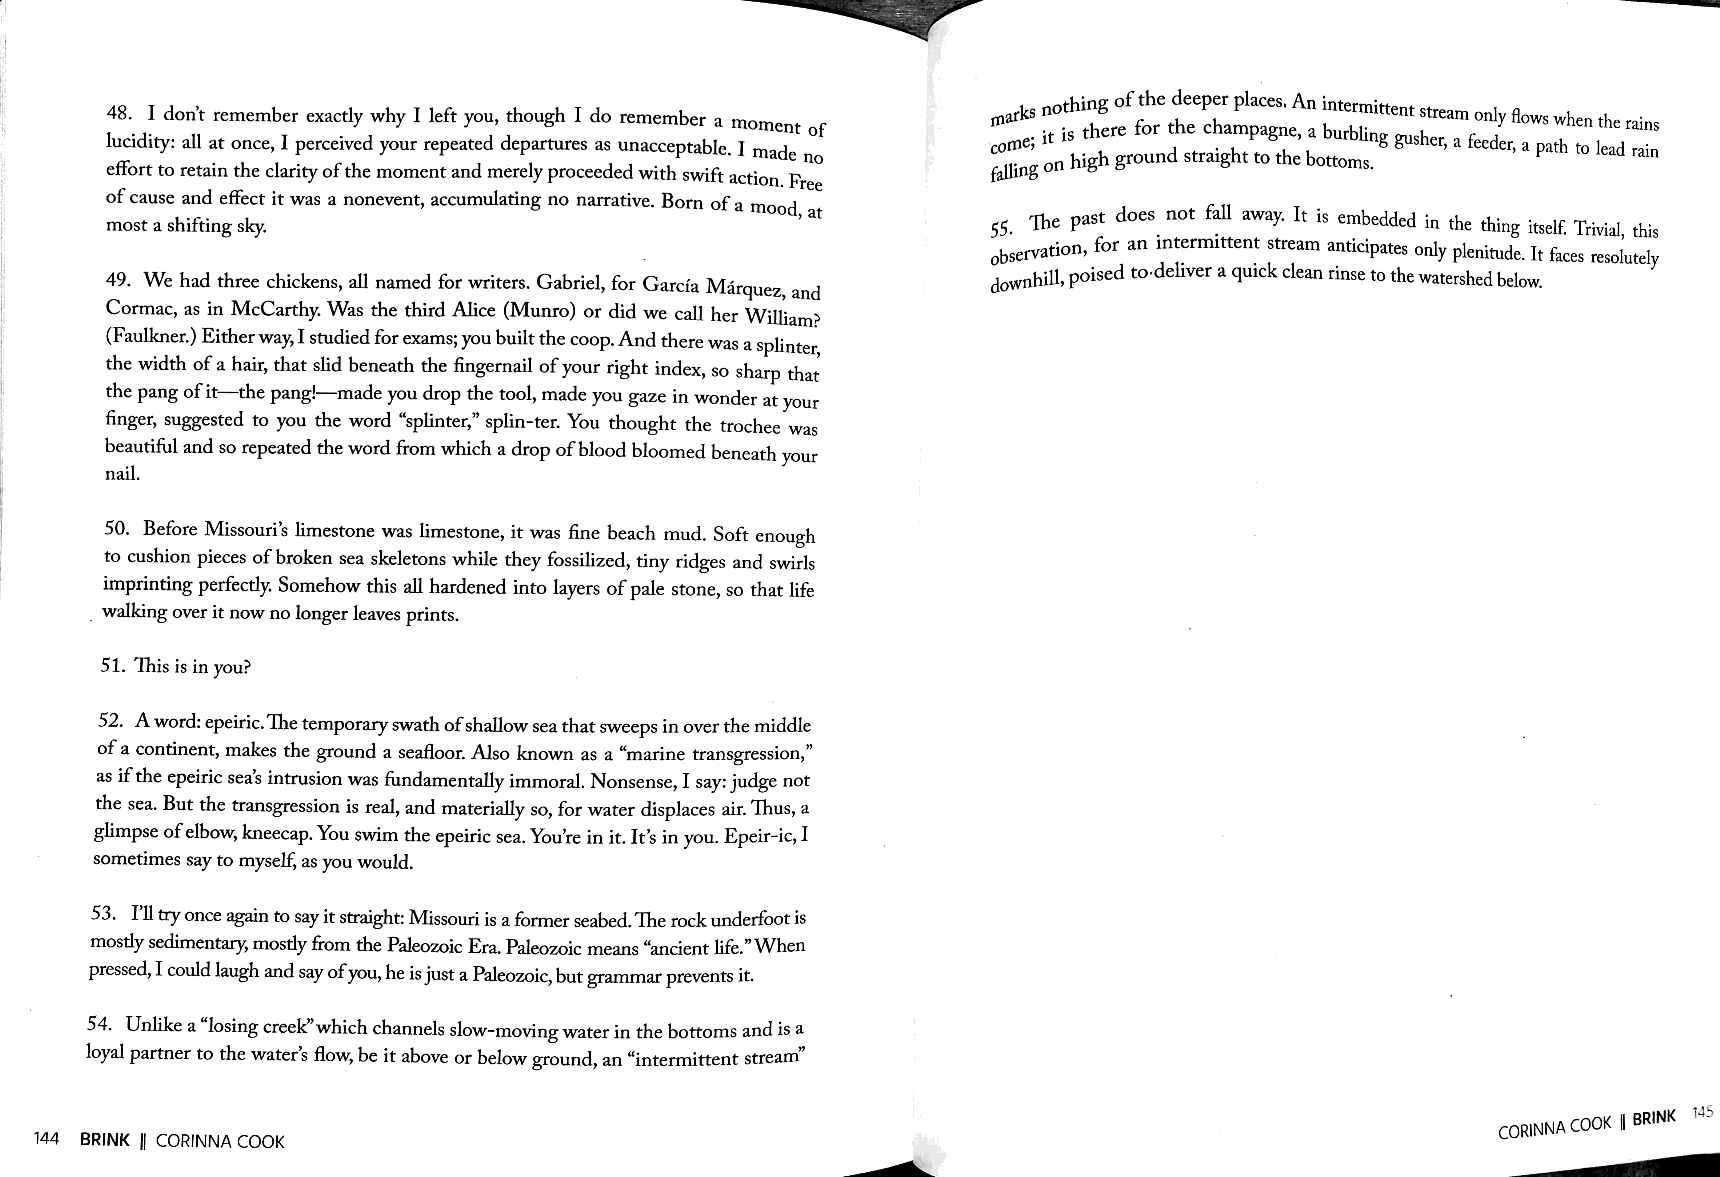
thing of the deeper places, An intermittent str °n l fl
 48. I don't remember exactly why I left you, though I do remember a moment of rnarks no earn Y ows when the rains
 me; it is there for the c~ampagne, a burbling gusher, a feeder, a path to lead rain
 lucidity: all at once, I perceived your repeated departures as unacceptable. I made no
 co . high ground straight to the bottoms.
 effort to retain the clarity of the moment and merely proceeded with swift action. Free falling on
 of cause and effect it was a nonevent, accumulating no narrative. Born of a mood, at
 most a shifting sky.                                       55. 1he past does_ not f~ll away. It is e~~edded in the thing itself. Trivial, this
 observation, for an mt~rm1tten: stream a~t1c1pates only plenitude. It faces resolutely
 49. We had three chickens, all named for writers. Gabriel, for Garcia Marquez, and down h 1.1 1 'p . oised to-deliver a qmck clean nose to the watershed below .
 Cormac, as in McCarthy. Was the third Alice (Munro) or did we call her William?
 (Faulkner.) Either way, I studied for exams; you built the coop. And there was a splinter,
 the width of a hair, that slid beneath the fingernail of your right index, so sharp that
 the pang of it-the pang!-made you drop the tool, made you gaze in wonder at your
 finger, suggested to you the word "splinter," splin-ter. You thought the trochee was
 beautiful and so repeated the word from which a drop of blood bloomed beneath your
 nail.
 50. Before Missouri's limestone was limestone, it was fine beach mud. Soft enough
 to cushion pieces of broken sea skeletons while they fossilized, tiny ridges and swirls
 imprinting perfectly. Somehow this all hardened into layers of pale stone, so that life
 walking over it now no longer leaves prints.
 51. This is in you?
 52. A word: epeiric. The temporary swath of shallow sea that sweeps in over the middle
 of a continent, makes the ground a seafloor. Also known as a "marine transgression,"
 as if the epeiric sea's intrusion was fundamentally immoral. Nonsense, I say: judge not
 the sea. But the transgression is real, and materially so, for water displaces air. Thus, a
 glimpse of elbow, kneecap. You swim the epeiric sea. You're in it. It's in you. Epeir-ic, I
 sometimes say to myself, as you would.
 53. I'll try once again to say it straight: Missouri is a former seabed. The rock underfoot is
 mostly sedimentary, mostly from the Paleozoic Era. Paleozoic means "ancient life."When
 pressed, I could laugh and say of you, he is just a Paleozoic, but grammar prevents it.
 54. Unlike a "losing creek''which channels slow-moving water in the bottoms and is a
 loyal partner to the water's flow, be it above or below ground, an "intermittent stream"
 -
 144 BRINK fl CORINNA COOK                                                                        CORIN NA
 COOK II BRINK i45